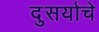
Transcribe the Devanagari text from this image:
दुसर्याचे